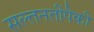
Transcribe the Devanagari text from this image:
सल्तनतींपैकी